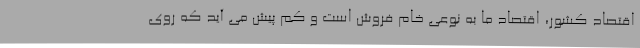
اقتصاد کشور، اقتصاد ما به نوعی خام فروش است و کم پیش می آید که روی